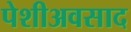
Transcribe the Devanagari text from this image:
पेशीअवसाद